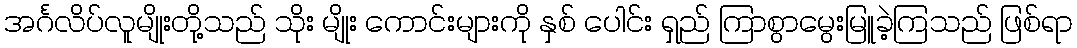
အင်္ဂလိပ်လူမျိုးတို့သည် သိုး မျိုး ကောင်းများကို နှစ် ပေါင်း ရှည် ကြာစွာမွေးမြူခဲ့ကြသည် ဖြစ်ရာ